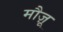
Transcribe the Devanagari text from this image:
मौज़ू